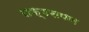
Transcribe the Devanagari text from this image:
राक्षसपन